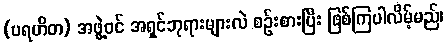
(ပရဟိတ) အဖွဲ့ဝင် အရှင်ဘုရားများလဲ စဉ်းစားပြီး ဖြစ်ကြပါလိမ့်မည်၊